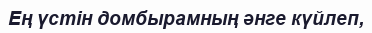
Ең үстін домбырамның әнге күйлеп,